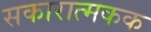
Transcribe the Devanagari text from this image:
सकारात्मकक